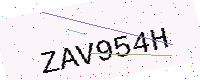
Text: ZAV954H